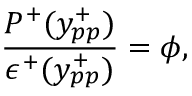
\frac { P ^ { + } ( y _ { p p } ^ { + } ) } { \epsilon ^ { + } ( y _ { p p } ^ { + } ) } = \phi ,